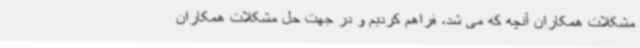
مشکلات همکاران آنچه که می شد، فراهم کردیم و در جهت حل مشکلات همکاران